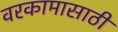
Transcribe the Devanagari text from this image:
वरकामासाठी